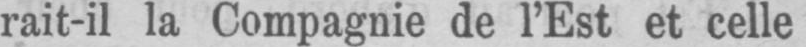
rait-il la Compagnie de l’Est et celle